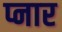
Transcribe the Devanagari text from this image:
प्नार